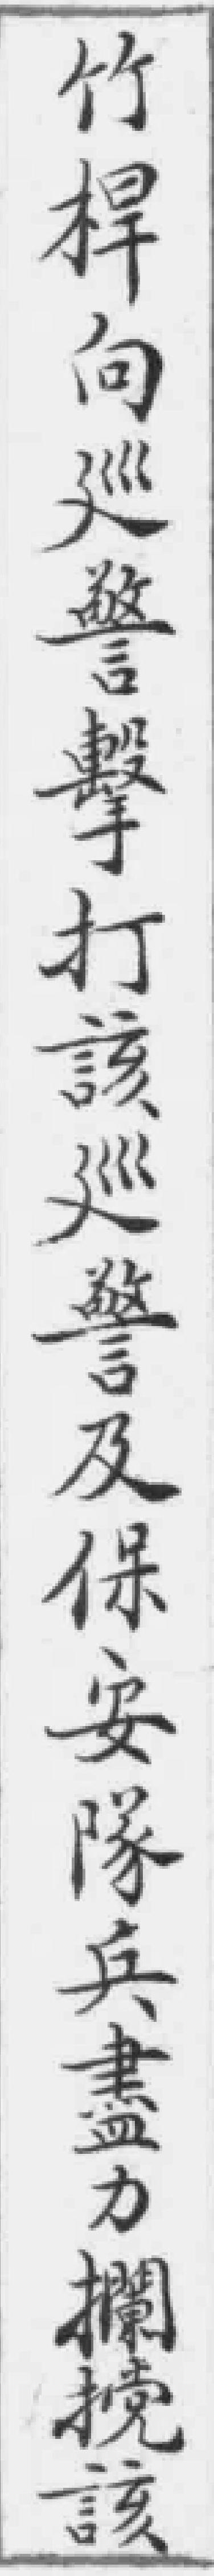
竹桿向巡警擊打該巡警及保安隊兵盡力攔擋該